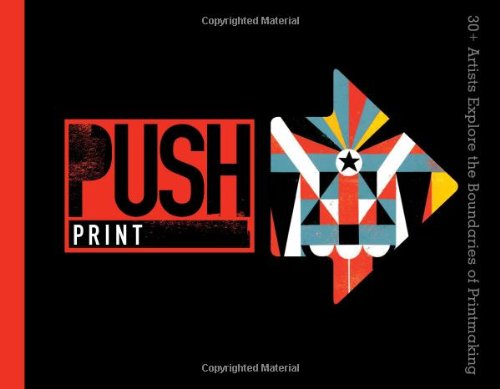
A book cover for PUSH Print: 30+ Artists Explore the Boundaries of Printmaking (PUSH Series); Jamie Berger; Arts & Photography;